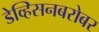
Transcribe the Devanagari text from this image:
डेव्हिसनबरोबर